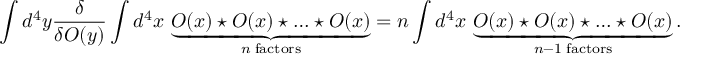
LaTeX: \int d ^ { 4 } y \frac { \delta } { \delta { \cal O } ( y ) } \int d ^ { 4 } x \, \underbrace { { \cal O } ( x ) \star { \cal O } ( x ) \star \ldots \star { \cal O } ( x ) } _ { n \mathrm { \; f a c t o r s } } = n \int d ^ { 4 } x \, \underbrace { { \cal O } ( x ) \star { \cal O } ( x ) \star \ldots \star { \cal O } ( x ) } _ { n - 1 \mathrm { \; f a c t o r s } } .